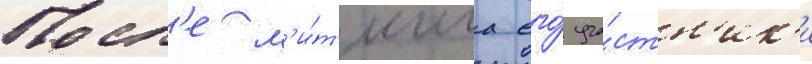
Посл'е м'и́т'инга его́ уча́стн'ик'и